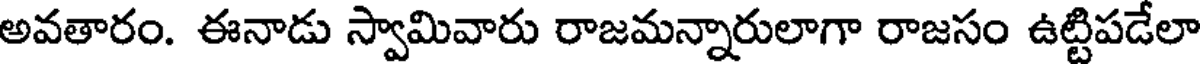
అవతారం. ఈనాడు స్వామివారు రాజమన్నారులాగా రాజసం ఉట్టిపడేలా